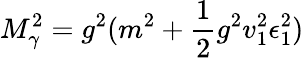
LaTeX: M_{\gamma}^{2}=g^{2}(m^{2}+{\frac{1}{2}}g^{2}v_{1}^{2}\epsilon_{1}^{2})